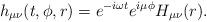
LaTeX: \begin{align*}h_{\mu\nu}(t,\phi,r) = e^{-i \omega t} e^{i\mu \phi}H_{\mu\nu}(r).\end{align*}